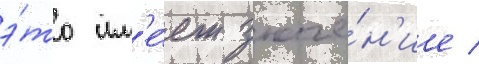
э́то им'е́ет значе́н'ие /